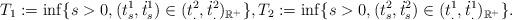
LaTeX: \begin{align*}\displaystyle{T_1:=\inf \{ s>0, (t_s^1, \dot{t}_s^1) \in (t_.^2, \dot{t}_.^2)_{\mathbb R^+}} \}, \displaystyle{T_2:=\inf \{ s>0, (t_s^2, \dot{t}_s^2) \in (t_.^1, \dot{t}_.^1)_{\mathbb R^+}} \}.\end{align*}